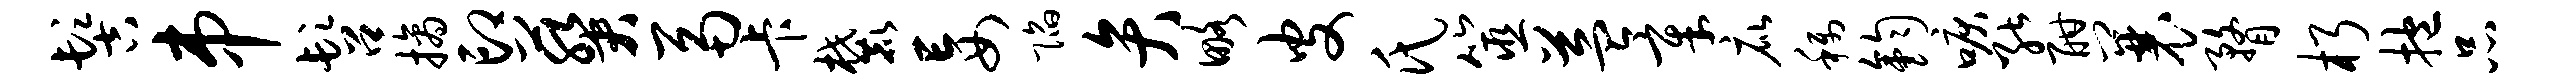
髻串髫摘印葵鬲卡麓妄陷弁略皮氏筮益章庇称钧唳能酣曩瞀朽抱品